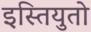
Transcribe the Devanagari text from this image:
इस्तियुतो